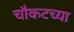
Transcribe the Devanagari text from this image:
चौकटच्या